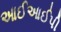
આઈઆઈપી